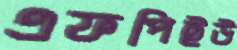
এফপিইউ